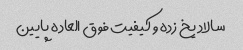
سالاد یخ زده و کیفیت فوق العاده پایین